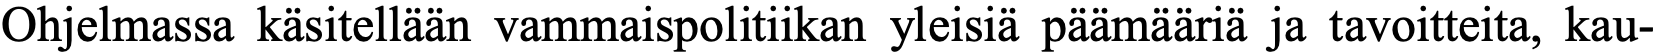
Ohjelmassa käsitellään vammaispolitiikan yleisiä päämääriä ja tavoitteita, kau-